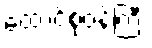
ထောင်စုဝန်ကြီး